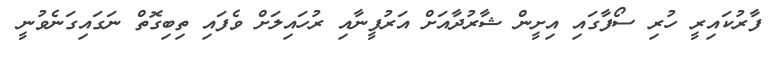
ފާރުކައިރީ ހުރި ސޯފާގައި އިށީން ޝާރުދާއަށް އަރުފީނާއި ރުހައިލަށް ވެފައި ތިބިގޮތް ނަގައިގަނެވުނީ